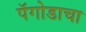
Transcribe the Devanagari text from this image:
पॅगोडाचा